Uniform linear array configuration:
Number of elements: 16
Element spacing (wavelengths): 0.5
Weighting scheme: exponential
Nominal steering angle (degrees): -45
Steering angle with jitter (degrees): -43.974
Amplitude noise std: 0.05
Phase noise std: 0.05

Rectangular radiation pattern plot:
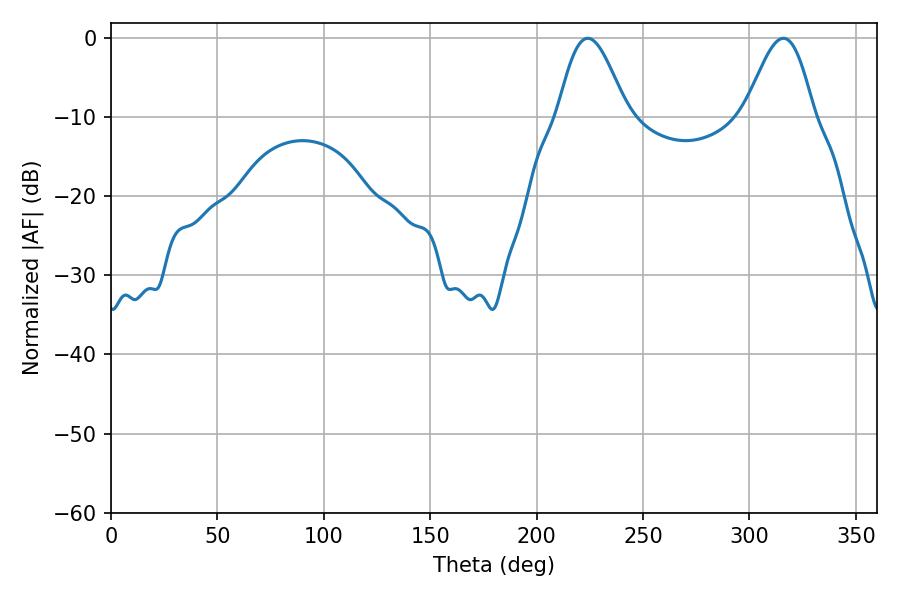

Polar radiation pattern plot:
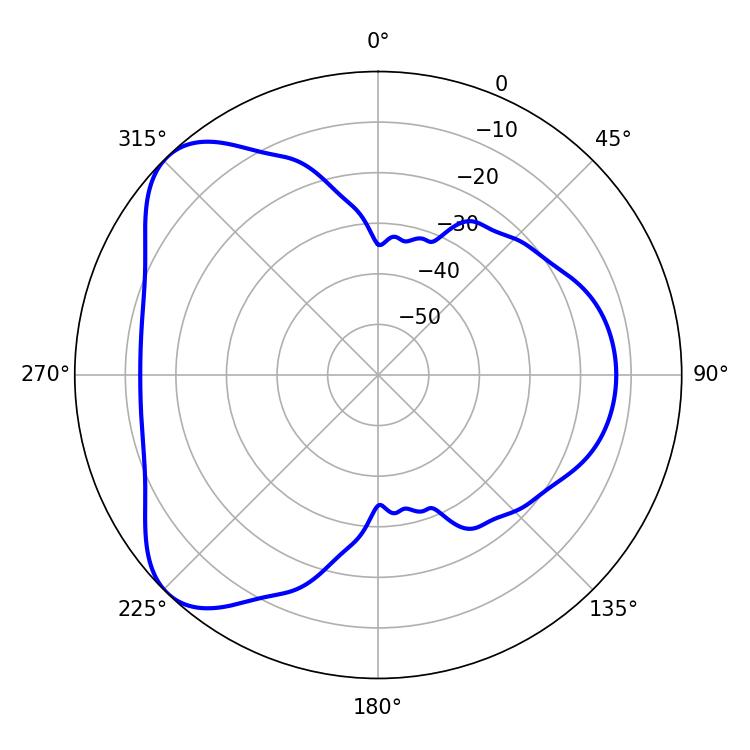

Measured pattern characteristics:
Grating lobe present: FALSE
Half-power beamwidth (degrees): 17.28
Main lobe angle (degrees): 224.1